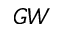
G W